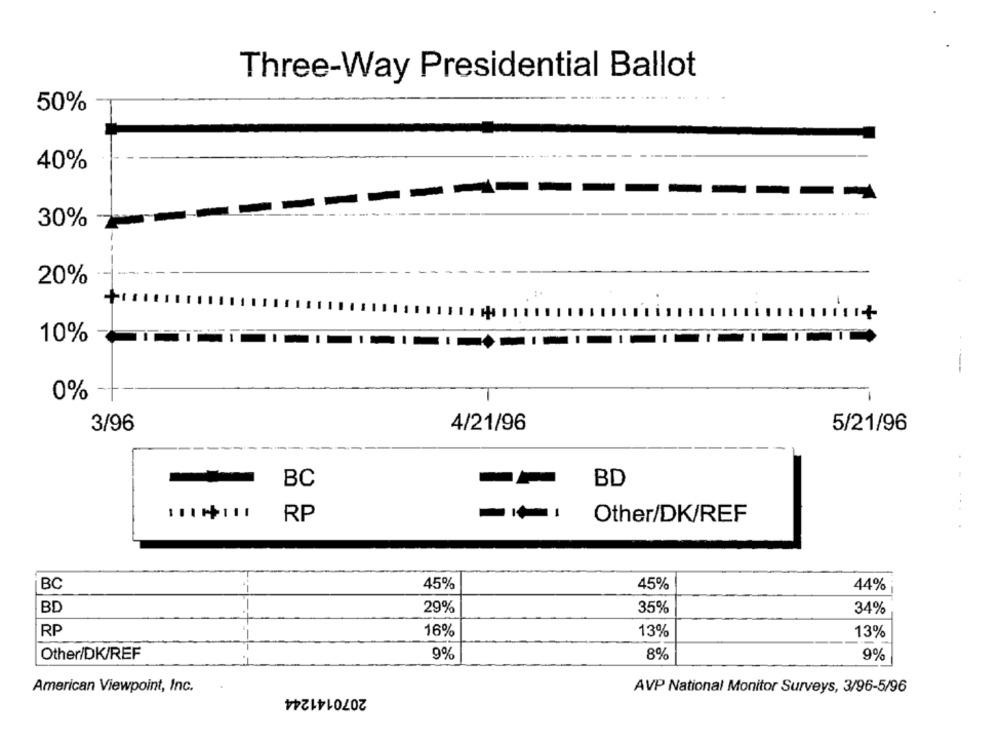
Three-Way Presidential Ballot
50%
40%
30%
20%
+
10%
0%
3/96
4/21/96
5/21/96
BC
BD
RP
Other/DK/REF
BC
45%
45%
44%
29%
35%
BD
34%
RP
16%
13%
13%
Other/DK/REF
9%
8%
9%
American Viewpoint, Inc.
2070141244
AVP National Monitor Surveys, 3/96-5/96